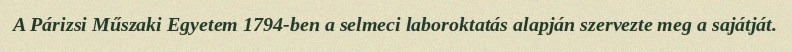
A Párizsi Műszaki Egyetem 1794-ben a selmeci laboroktatás alapján szervezte meg a sajátját.